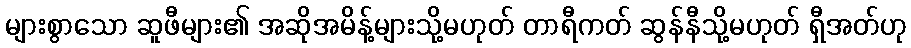
များစွာသော ဆူဖီများ၏ အဆိုအမိန့်များသို့မဟုတ် တာရီကတ် ဆွန်နီသို့မဟုတ် ရှီအတ်ဟု